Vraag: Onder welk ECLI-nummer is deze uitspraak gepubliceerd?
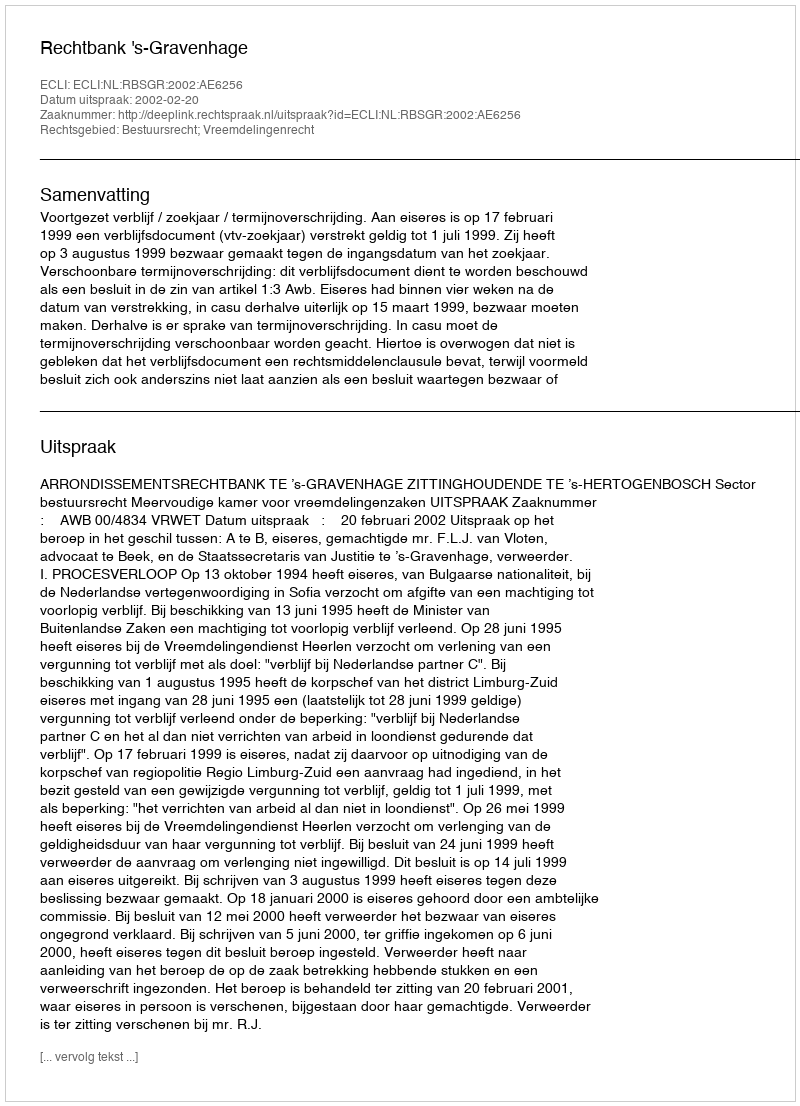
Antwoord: ECLI:NL:RBSGR:2002:AE6256